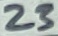
Text: 23